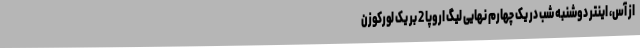
از آس، اینتر دوشنبه شب در یک چهارم نهایی لیگ اروپا 2 بر یک لورکوزن